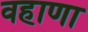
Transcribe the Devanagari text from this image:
वहाणा